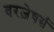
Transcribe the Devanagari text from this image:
वरज़ेचर्स